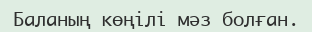
Баланың көңілі мәз болған.